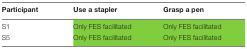
<table><thead><tr><td><b>Participant</b></td><td><b>Use a stapler</b></td><td><b>Grasp a pen</b></td></tr></thead><tbody><tr><td>S1</td><td>Only FES facilitated</td><td>Only FES facilitated</td></tr><tr><td>S5</td><td>Only FES facilitated</td><td>Only FES facilitated</td></tr></tbody></table>